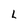
Character: L